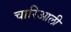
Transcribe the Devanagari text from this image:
चारिआली